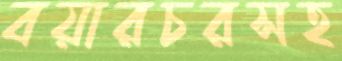
বয়ারচরসহ